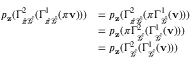
\begin{array} { r l } { p _ { \mathbf { z } } ( \Gamma _ { \hat { \pi } \hat { \mathcal { G } } } ^ { 2 } ( \Gamma _ { \hat { \pi } \hat { \mathcal { G } } } ^ { 1 } ( \pi \mathbf { v } ) ) ) } & { = p _ { \mathbf { z } } ( \Gamma _ { \hat { \pi } \hat { \mathcal { G } } } ^ { 2 } ( \pi \Gamma _ { \hat { \mathcal { G } } } ^ { 1 } ( \mathbf { v } ) ) ) } \\ & { = p _ { \mathbf { z } } ( \pi \Gamma _ { \hat { \mathcal { G } } } ^ { 2 } ( \Gamma _ { \hat { \mathcal { G } } } ^ { 1 } ( \mathbf { v } ) ) ) } \\ & { = p _ { \mathbf { z } } ( \Gamma _ { \hat { \mathcal { G } } } ^ { 2 } ( \Gamma _ { \hat { \mathcal { G } } } ^ { 1 } ( \mathbf { v } ) ) ) } \end{array}